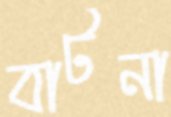
বাটনা